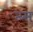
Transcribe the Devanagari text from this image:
त्ब्स्